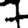
Digit: 7